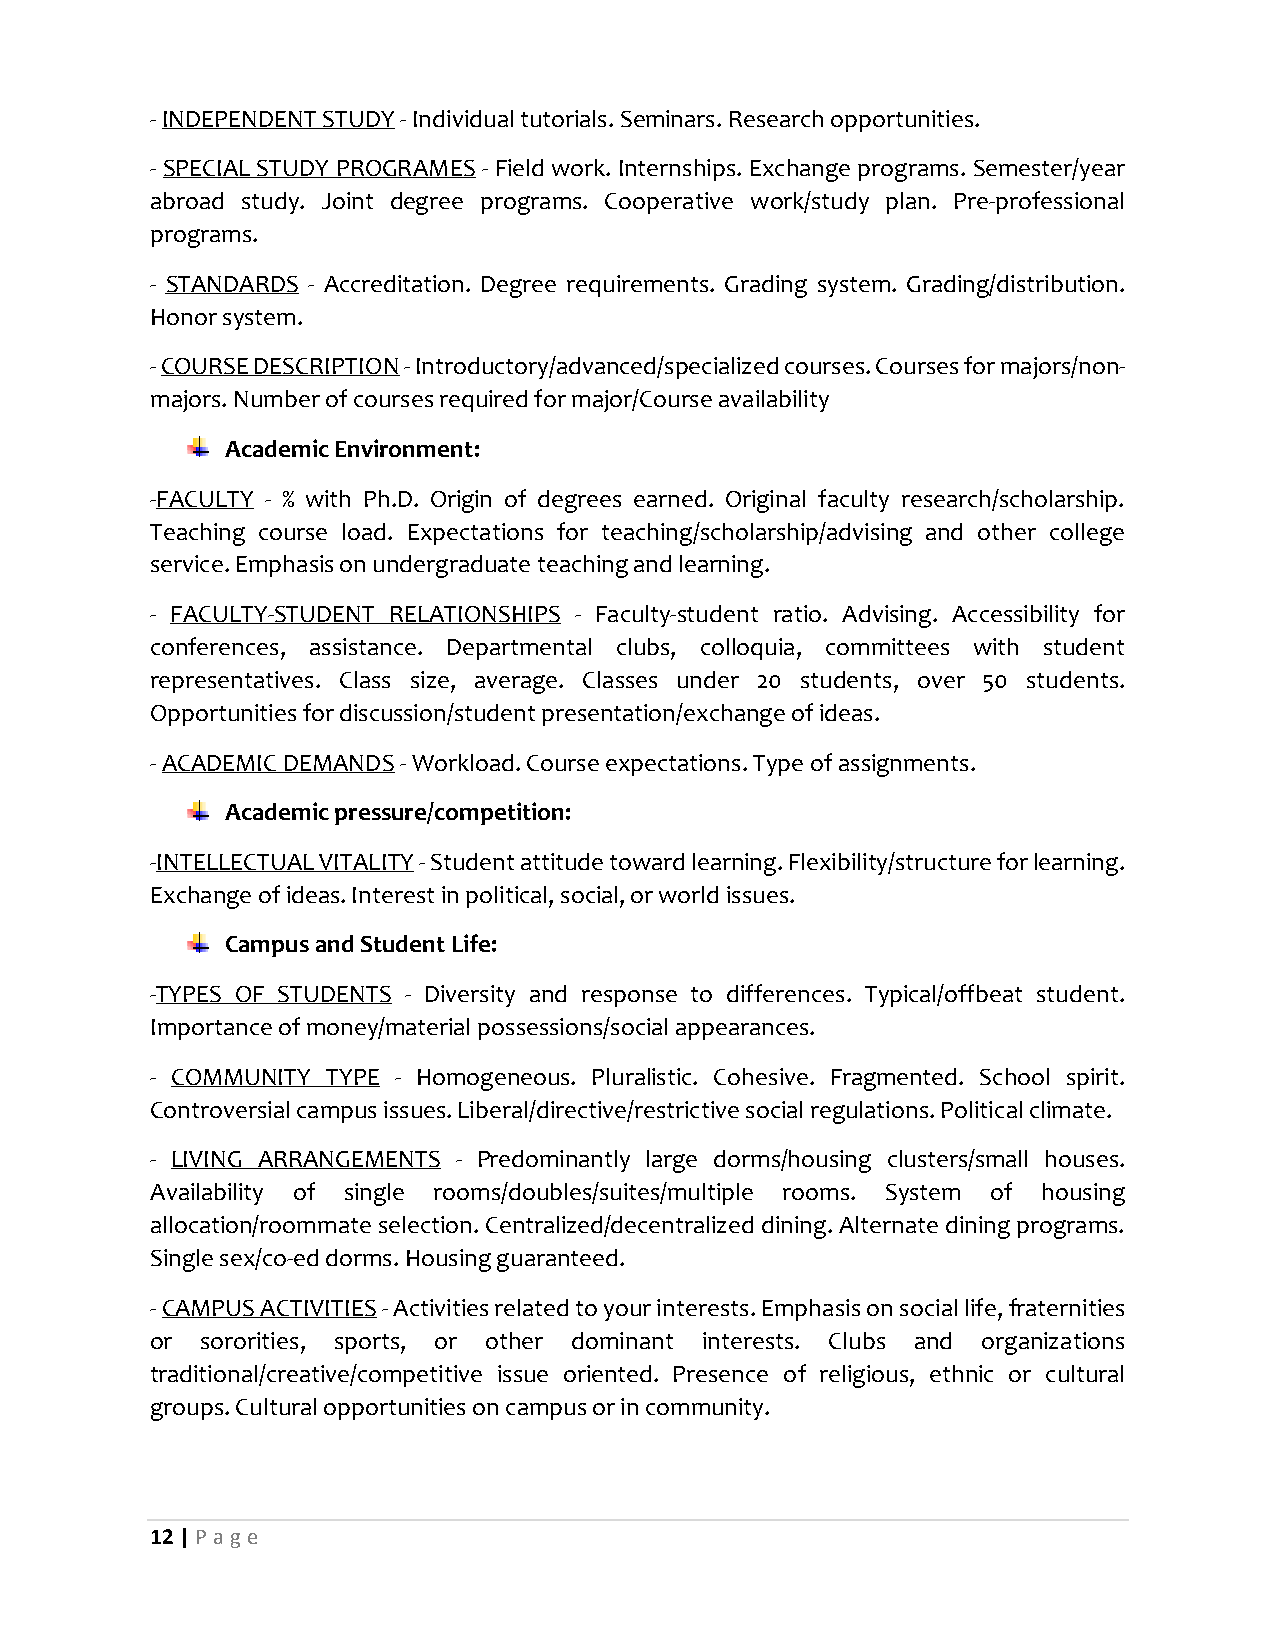
- INDEPENDENT STUDY - Individual tutorials. Seminars. Research opportunities.
 - SPECIAL STUDY PROGRAMES - Field work. Internships. Exchange programs. Semester/year
 abroad study. Joint degree programs. Cooperative work/study plan. Pre-professional
 programs.
 - STANDARDS - Accreditation. Degree requirements. Grading system. Grading/distribution.
 Honor system.
 - COURSE DESCRIPTION - Introductory/advanced/specialized courses. Courses for majors/non-
 majors. Number of courses required for major/Course availability
 Academic Environment:
 -FACULTY - % with Ph.D. Origin of degrees earned. Original faculty research/scholarship.
 Teaching course load. Expectations for teaching/scholarship/advising and other college
 service. Emphasis on undergraduate teaching and learning.
 - FACULTY-STUDENT RELATIONSHIPS - Faculty-student ratio. Advising. Accessibility for
 conferences, assistance. Departmental clubs, colloquia, committees with student
 representatives. Class size, average. Classes under 20 students, over 50 students.
 Opportunities for discussion/student presentation/exchange of ideas.
 - ACADEMIC DEMANDS - Workload. Course expectations. Type of assignments.
 Academic pressure/competition:
 -INTELLECTUAL VITALITY - Student attitude toward learning. Flexibility/structure for learning.
 Exchange of ideas. Interest in political, social, or world issues.
 Campus and Student Life:
 -TYPES OF STUDENTS - Diversity and response to differences. Typical/offbeat student.
 Importance of money/material possessions/social appearances.
 - COMMUNITY TYPE - Homogeneous. Pluralistic. Cohesive. Fragmented. School spirit.
 Controversial campus issues. Liberal/directive/restrictive social regulations. Political climate.
 - LIVING ARRANGEMENTS - Predominantly large dorms/housing clusters/small houses.
 Availability of single rooms/doubles/suites/multiple rooms. System of housing
 allocation/roommate selection. Centralized/decentralized dining. Alternate dining programs.
 Single sex/co-ed dorms. Housing guaranteed.
 - CAMPUS ACTIVITIES - Activities related to your interests. Emphasis on social life, fraternities
 or sororities, sports, or other dominant interests. Clubs and organizations
 traditional/creative/competitive issue oriented. Presence of religious, ethnic or cultural
 groups. Cultural opportunities on campus or in community.
 12 | P age